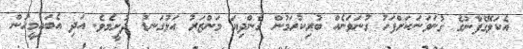
އެކަލޭގެފާނުގެ ގުނަވަނަކަށްފަހު ގުނަވަނެއް ބުރިކުރަމުން ގެންދިޔަ މަންޒަރު އަޅުގަނޑު ދުށީމެވެ. އަދި އެބައިމީހުން